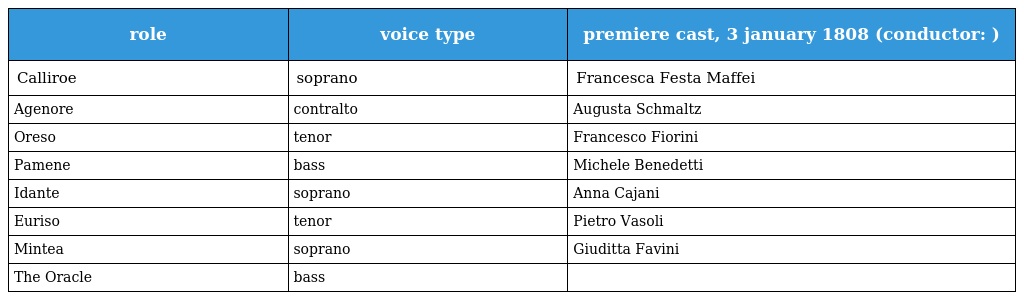
| role | voice type | premiere cast, 3 january 1808 (conductor: ) |
 | --- | --- | --- |
 | Calliroe | soprano | Francesca Festa Maffei |
 | Agenore | contralto | Augusta Schmaltz |
 | Oreso | tenor | Francesco Fiorini |
 | Pamene | bass | Michele Benedetti |
 | Idante | soprano | Anna Cajani |
 | Euriso | tenor | Pietro Vasoli |
 | Mintea | soprano | Giuditta Favini |
 | The Oracle | bass |  |